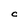
Character: C